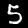
Digit: 5